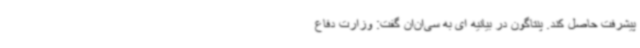
پیشرفت حاصل کند. پنتاگون در بیانیه ای به سی‌ان‌ان گفت: وزارت دفاع